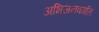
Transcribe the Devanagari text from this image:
अभिजनवर्गात